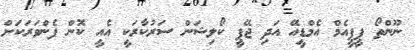
ނޫންތޯ ޕީޕީއެމް އެމްޑީއޭ އަދި ޖޭޕީ ކޯލިޝަން ސަރުކާރަކީ އެއީ ކޮން ފެންވަރަކަށް